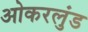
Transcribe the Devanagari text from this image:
ओकरलुंड